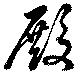
殿